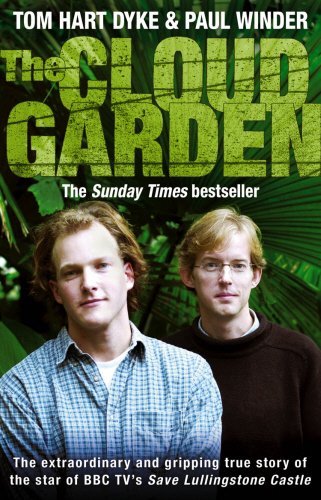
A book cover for The Cloud Garden: a True Story of Adventure, Survival, and Extreme Horticulture; PAUL WINDER' 'TOM HART DYKE; Travel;